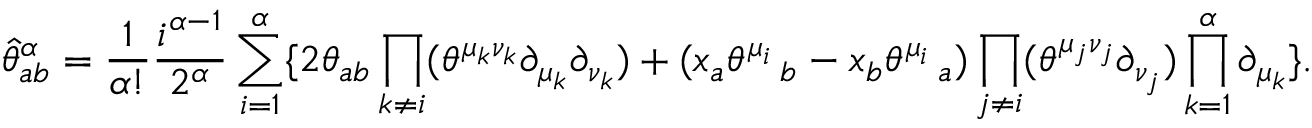
\widehat { \theta } _ { a b } ^ { \alpha } = \frac { 1 } { \alpha ! } \frac { i ^ { \alpha - 1 } } { 2 ^ { \alpha } } \sum _ { i = 1 } ^ { \alpha } \{ 2 \theta _ { a b } \prod _ { k \ne i } ( \theta ^ { \mu _ { k } \nu _ { k } } \partial _ { \mu _ { k } } \partial _ { \nu _ { k } } ) + ( x _ { a } \theta ^ { \mu _ { i } } \, _ { b } - x _ { b } \theta ^ { \mu _ { i } } \, _ { a } ) \prod _ { j \ne i } ( \theta ^ { \mu _ { j } \nu _ { j } } \partial _ { \nu _ { j } } ) \prod _ { k = 1 } ^ { \alpha } \partial _ { \mu _ { k } } \} .